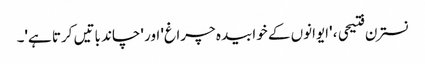
نسترن فتیحی ، 'ایوانوں کے خوابیدہ چراغ' اور 'چاند باتیں کرتا ہے'۔